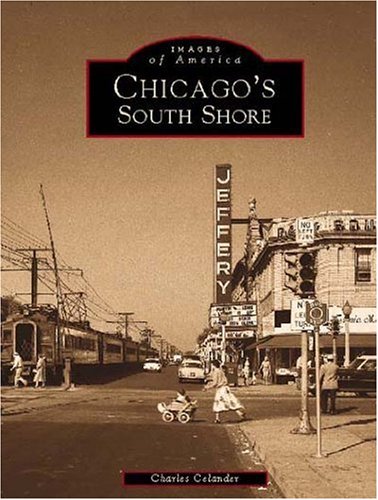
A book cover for Chicago's South Shore (Images of America: Illinois); Charles Celander; Biographies & Memoirs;